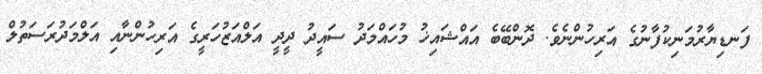
ފަނޑިޔާރުމަނިކުފާނުގެ އަރިހުންނެވެ. ދޮންބޭބެ އައްޝައިޚު މުހައްމަދު ސައީދު ދީދީ އަލްއަޒުހަރީގެ އަރިހުންނާއި އަލްމަދުރަސަތުލް